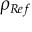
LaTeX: \rho _ { R e f } \,